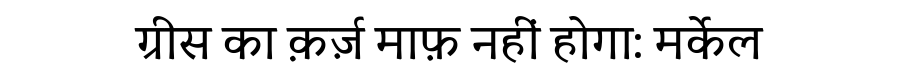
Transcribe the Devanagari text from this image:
ग्रीस का क़र्ज़ माफ़ नहीं होगा: मर्केल